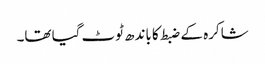
شاکرہ کے ضبط کا باندھ ٹوٹ گیا تھا۔